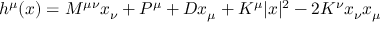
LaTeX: h ^ { \mu } ( x ) = M ^ { \mu \nu } x _ { \nu } + P ^ { \mu } + D x _ { \mu } + K ^ { \mu } | x | ^ { 2 } - 2 K ^ { \nu } x _ { \nu } x _ { \mu }